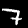
Label: 7